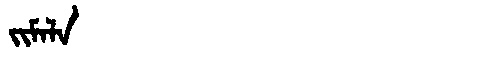
Manchu: ᠵᡳᠮᠠᠯᠠ
Romanization: JIMALA